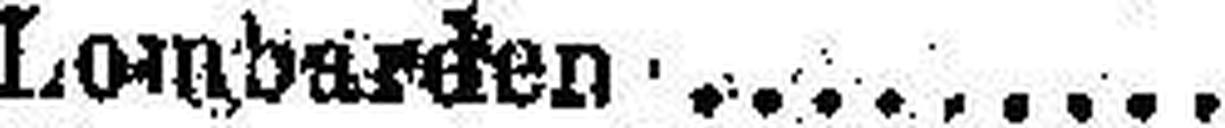
Lombarden